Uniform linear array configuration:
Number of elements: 12
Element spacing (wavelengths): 1
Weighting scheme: kaiser
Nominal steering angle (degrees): -45
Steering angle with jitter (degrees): -46.082
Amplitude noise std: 0.05
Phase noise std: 0.05

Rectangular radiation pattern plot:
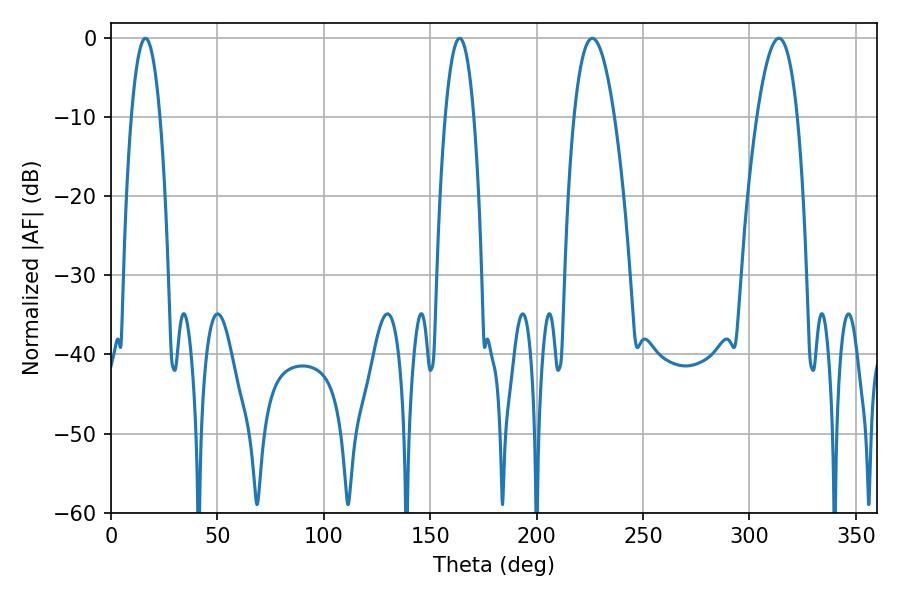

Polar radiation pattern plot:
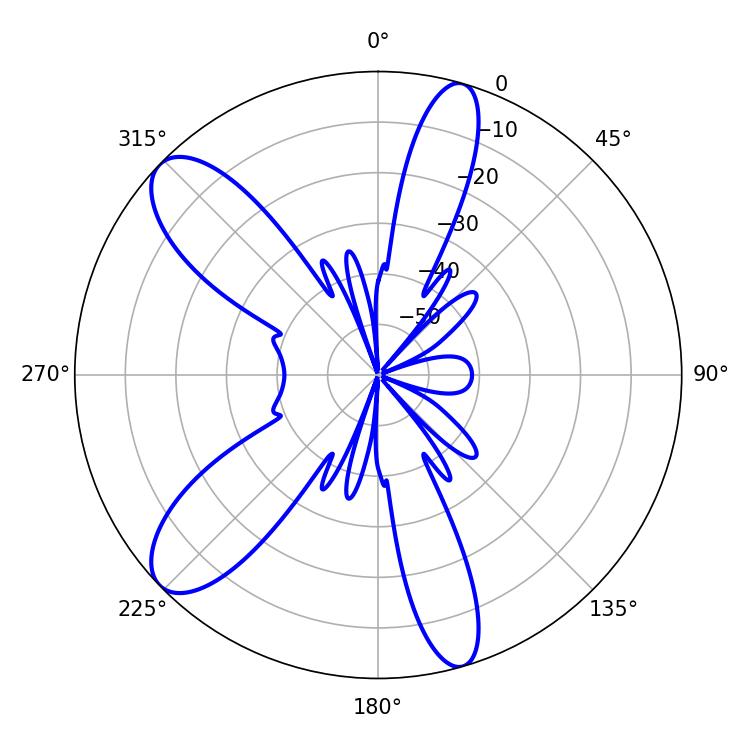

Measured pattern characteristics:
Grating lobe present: TRUE
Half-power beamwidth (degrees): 7.56
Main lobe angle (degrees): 16.2